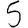
Digit: 5